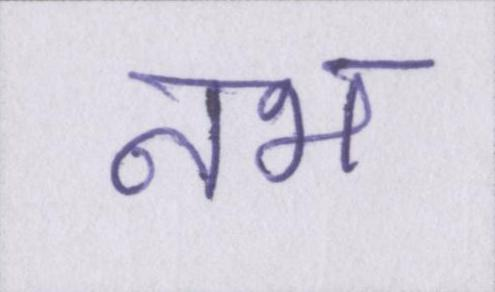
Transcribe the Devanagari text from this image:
नभ